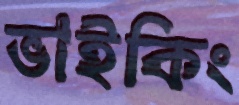
ভাইকিং